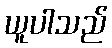
ယူပါသည်